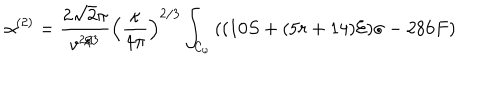
\alpha ^ { ( 2 ) } = \frac { 2 \sqrt { 2 } \pi } { v ^ { 2 / 3 } } \left( \frac { \kappa } { 4 \pi } \right) ^ { 2 / 3 } \int _ { { \cal { C } } _ { \omega } } { ( ( 1 0 S + ( 5 r + 1 4 ) { \cal { E } } ) \sigma - 2 8 6 F ) }